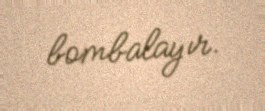
bombalayır.